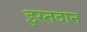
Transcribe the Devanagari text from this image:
इस्तदान